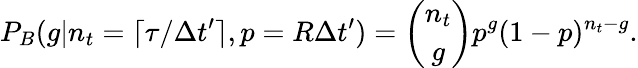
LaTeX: P_{B}(g|n_{t}=\lceil\tau/\Delta t^{\prime}\rceil,p=R\Delta t^{\prime})=\binom{n_{t}}{g}p^{g}(1-p)^{n_{t}-g}.